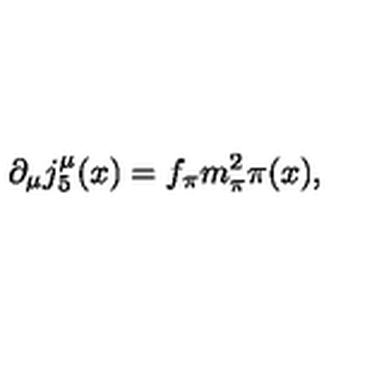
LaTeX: \partial _ { \mu } j _ { 5 } ^ { \mu } ( x ) = f _ { \pi } m _ { \pi } ^ { 2 } \pi ( x ) ,